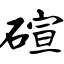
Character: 碹